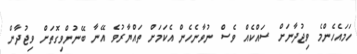
ހަމައެހެންމެ ވިޖުދާނަށް ސައްކެއް ވެސް ނުވާނެހެން އެކަމަށް ތައްޔާރުވެ އޭނާ ބޭނުންވިގޮތަށް ވިޖުދާން